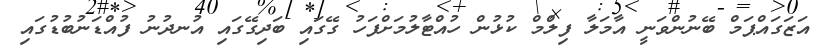
އަޒަގައްޕަމް ބޭނުންވަނީ އާމަލާ ފިލްމް ކުޅުން ހުއްޓާލުމަށްފަހު ގޭގައި ބަދިގޭގައި އުނދުނު ފުއްޑަނުބުޑުގައި